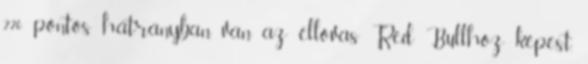
220 pontos hátrányban van az éllovas Red Bullhoz képest,